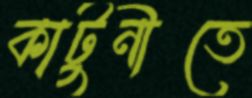
কাটুনীতে